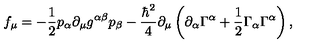
f _ { \mu } = - \frac { 1 } { 2 } p _ { \alpha } \partial _ { \mu } g ^ { \alpha \beta } p _ { \beta } - \frac { \hbar ^ { 2 } } { 4 } \partial _ { \mu } \left( \partial _ { \alpha } \Gamma ^ { \alpha } + \frac { 1 } { 2 } \Gamma _ { \alpha } \Gamma ^ { \alpha } \right) ,